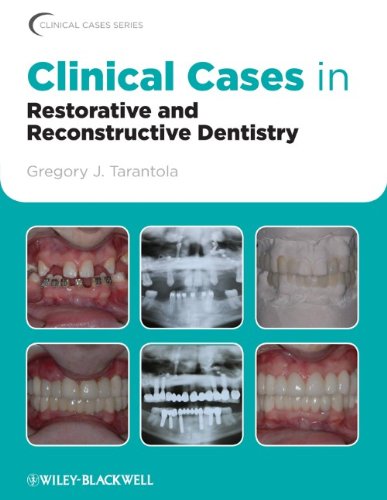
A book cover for Clinical Cases in Restorative and Reconstructive Dentistry; Gregory J. Tarantola DDS; Medical Books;